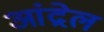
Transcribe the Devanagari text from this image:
आंद्रेल